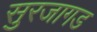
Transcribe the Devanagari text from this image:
सुरजागड